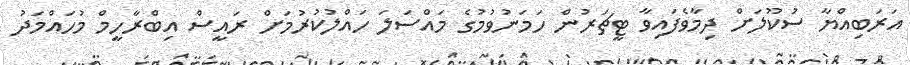
އަރަބިއްޔާ ސުކޫލަށް ދިމާވެފައިވާ ޓީޗަރުން ހަމަނުވުމުގެ މައްސަލަ ހައްލުކުރުމަށް ރައީސް އިބްރާހީމް މުހައްމަދު